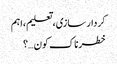
کردار سازی، تعلیم،اہم
خطرناک کون…؟